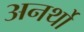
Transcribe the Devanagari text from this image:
अनर्थो